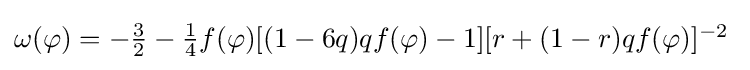
\omega (\varphi )=-\textstyle {\frac {3}{2}}-\textstyle {\frac {1}{4}}f(\varphi )[(1-6q)qf(\varphi )-1][r+(1-r)qf(\varphi )]^{-2}\;